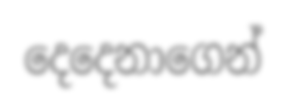
දෙදෙනාගෙන්